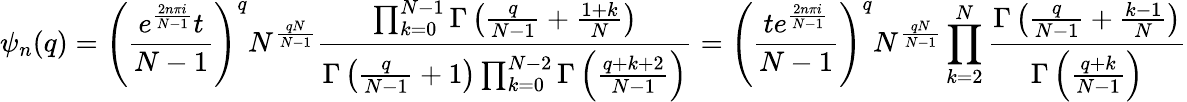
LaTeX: \psi_{n}(q)=\left({\frac{e^{\frac{2n\pi i}{N-1}}t}{N-1}}\right)^{q}N^{\frac{qN}{N-1}}{\frac{\prod_{k=0}^{N-1}\Gamma\left({\frac{q}{N-1}}+{\frac{1+k}{N}}\right)}{\Gamma\left({\frac{q}{N-1}}+1\right)\prod_{k=0}^{N-2}\Gamma\left({\frac{q+k+2}{N-1}}\right)}}=\left({\frac{te^{\frac{2n\pi i}{N-1}}}{N-1}}\right)^{q}N^{\frac{qN}{N-1}}\prod_{k=2}^{N}{\frac{\Gamma\left({\frac{q}{N-1}}+{\frac{k-1}{N}}\right)}{\Gamma\left({\frac{q+k}{N-1}}\right)}}